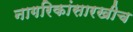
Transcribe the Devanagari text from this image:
नागरिकांसारखीच